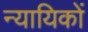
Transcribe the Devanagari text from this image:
न्यायिकों